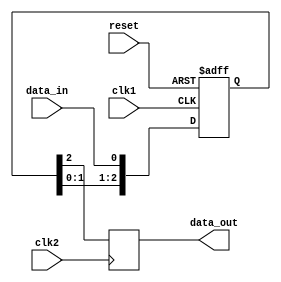
module timing_control_sync_block (
    input wire clk1,
    input wire clk2,
    input wire reset,
    input wire data_in,
    output reg data_out
);

reg [2:0] sync_reg;

always @(posedge clk1 or posedge reset) begin
    if (reset) begin
        sync_reg <= 3'b0;
    end else begin
        sync_reg <= {sync_reg[1:0], data_in};
    end
end

always @(posedge clk2) begin
    data_out <= sync_reg[2];
end

endmodule